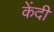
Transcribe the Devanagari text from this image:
केंदी